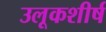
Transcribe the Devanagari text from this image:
उलूकशीर्ष